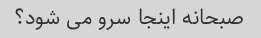
صبحانه اینجا سرو می شود؟